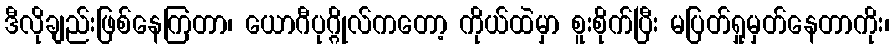
ဒီလိုချည်းဖြစ်နေကြတာ၊ ယောဂီပုဂ္ဂိုလ်ကတော့ ကိုယ်ထဲမှာ စူးစိုက်ပြီး မပြတ်ရှုမှတ်နေတာကိုး၊